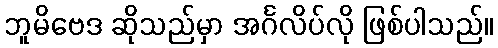
ဘူမိဗေဒ ဆိုသည်မှာ အင်္ဂလိပ်လို ဖြစ်ပါသည်။